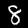
Digit: 8